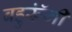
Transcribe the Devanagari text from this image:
बहुरूॅंगी